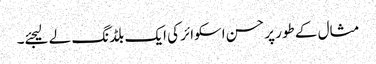
مثال کے طور پر حسن اسکوائر کی ایک بلڈنگ لے لیجئے۔